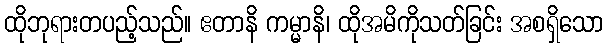
ထိုဘုရားတပည့်သည်။ ဧတာနိ ကမ္မာနိ၊ ထိုအမိကိုသတ်ခြင်း အစရှိသော